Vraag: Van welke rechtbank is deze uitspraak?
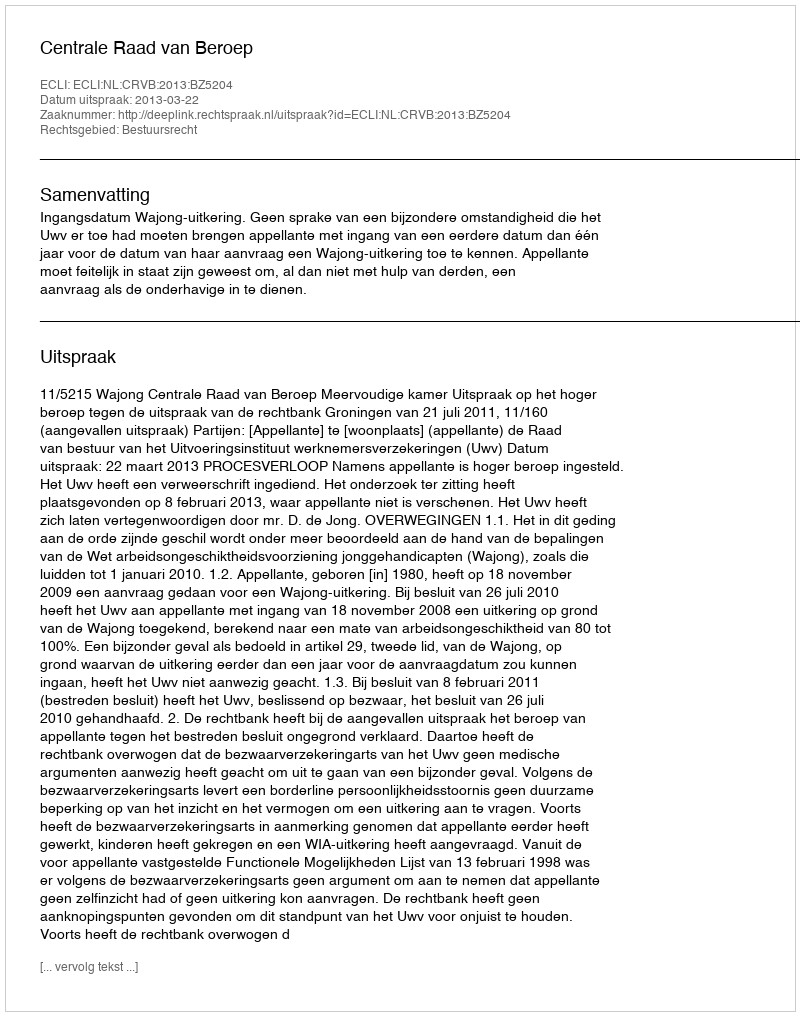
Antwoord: Centrale Raad van Beroep